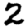
Digit: 2